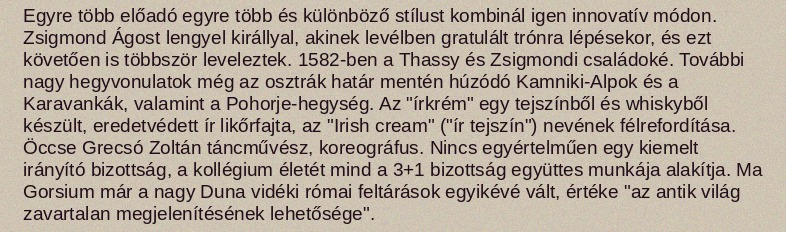
Egyre több előadó egyre több és különböző stílust kombinál igen innovatív módon. Zsigmond Ágost lengyel királlyal, akinek levélben gratulált trónra lépésekor, és ezt követően is többször leveleztek. 1582-ben a Thassy és Zsigmondi családoké. További nagy hegyvonulatok még az osztrák határ mentén húzódó Kamniki-Alpok és a Karavankák, valamint a Pohorje-hegység. Az "írkrém" egy tejszínből és whiskyből készült, eredetvédett ír likőrfajta, az "Irish cream" ("ír tejszín") nevének félrefordítása. Öccse Grecsó Zoltán táncművész, koreográfus. Nincs egyértelműen egy kiemelt irányító bizottság, a kollégium életét mind a 3+1 bizottság együttes munkája alakítja. Ma Gorsium már a nagy Duna vidéki római feltárások egyikévé vált, értéke "az antik világ zavartalan megjelenítésének lehetősége".